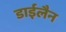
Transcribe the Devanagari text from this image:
डाईलैन